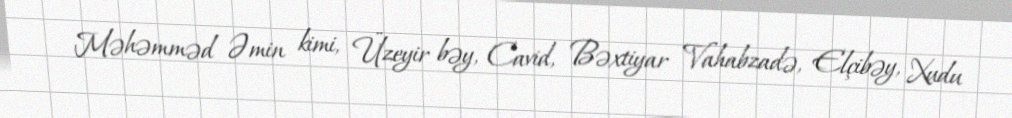
Məhəmməd Əmin kimi, Üzeyir bəy, Cavid, Bəxtiyar Vahabzadə, Elçibəy, Xudu